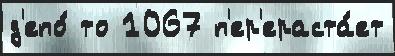
д'епо́ то 1067 п'ер'ераста́ет